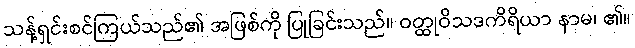
သန့်ရှင်းစင်ကြယ်သည်၏ အဖြစ်ကို ပြုခြင်းသည်။ ဝတ္ထုဝိသဒကိရိယာ နာမ၊ ၏။